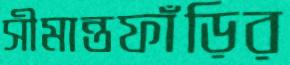
সীমান্তফাঁড়ির